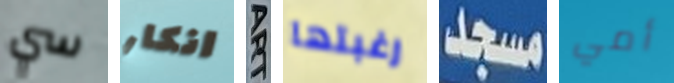
سي انكار ART رغبتها مسجد أمي